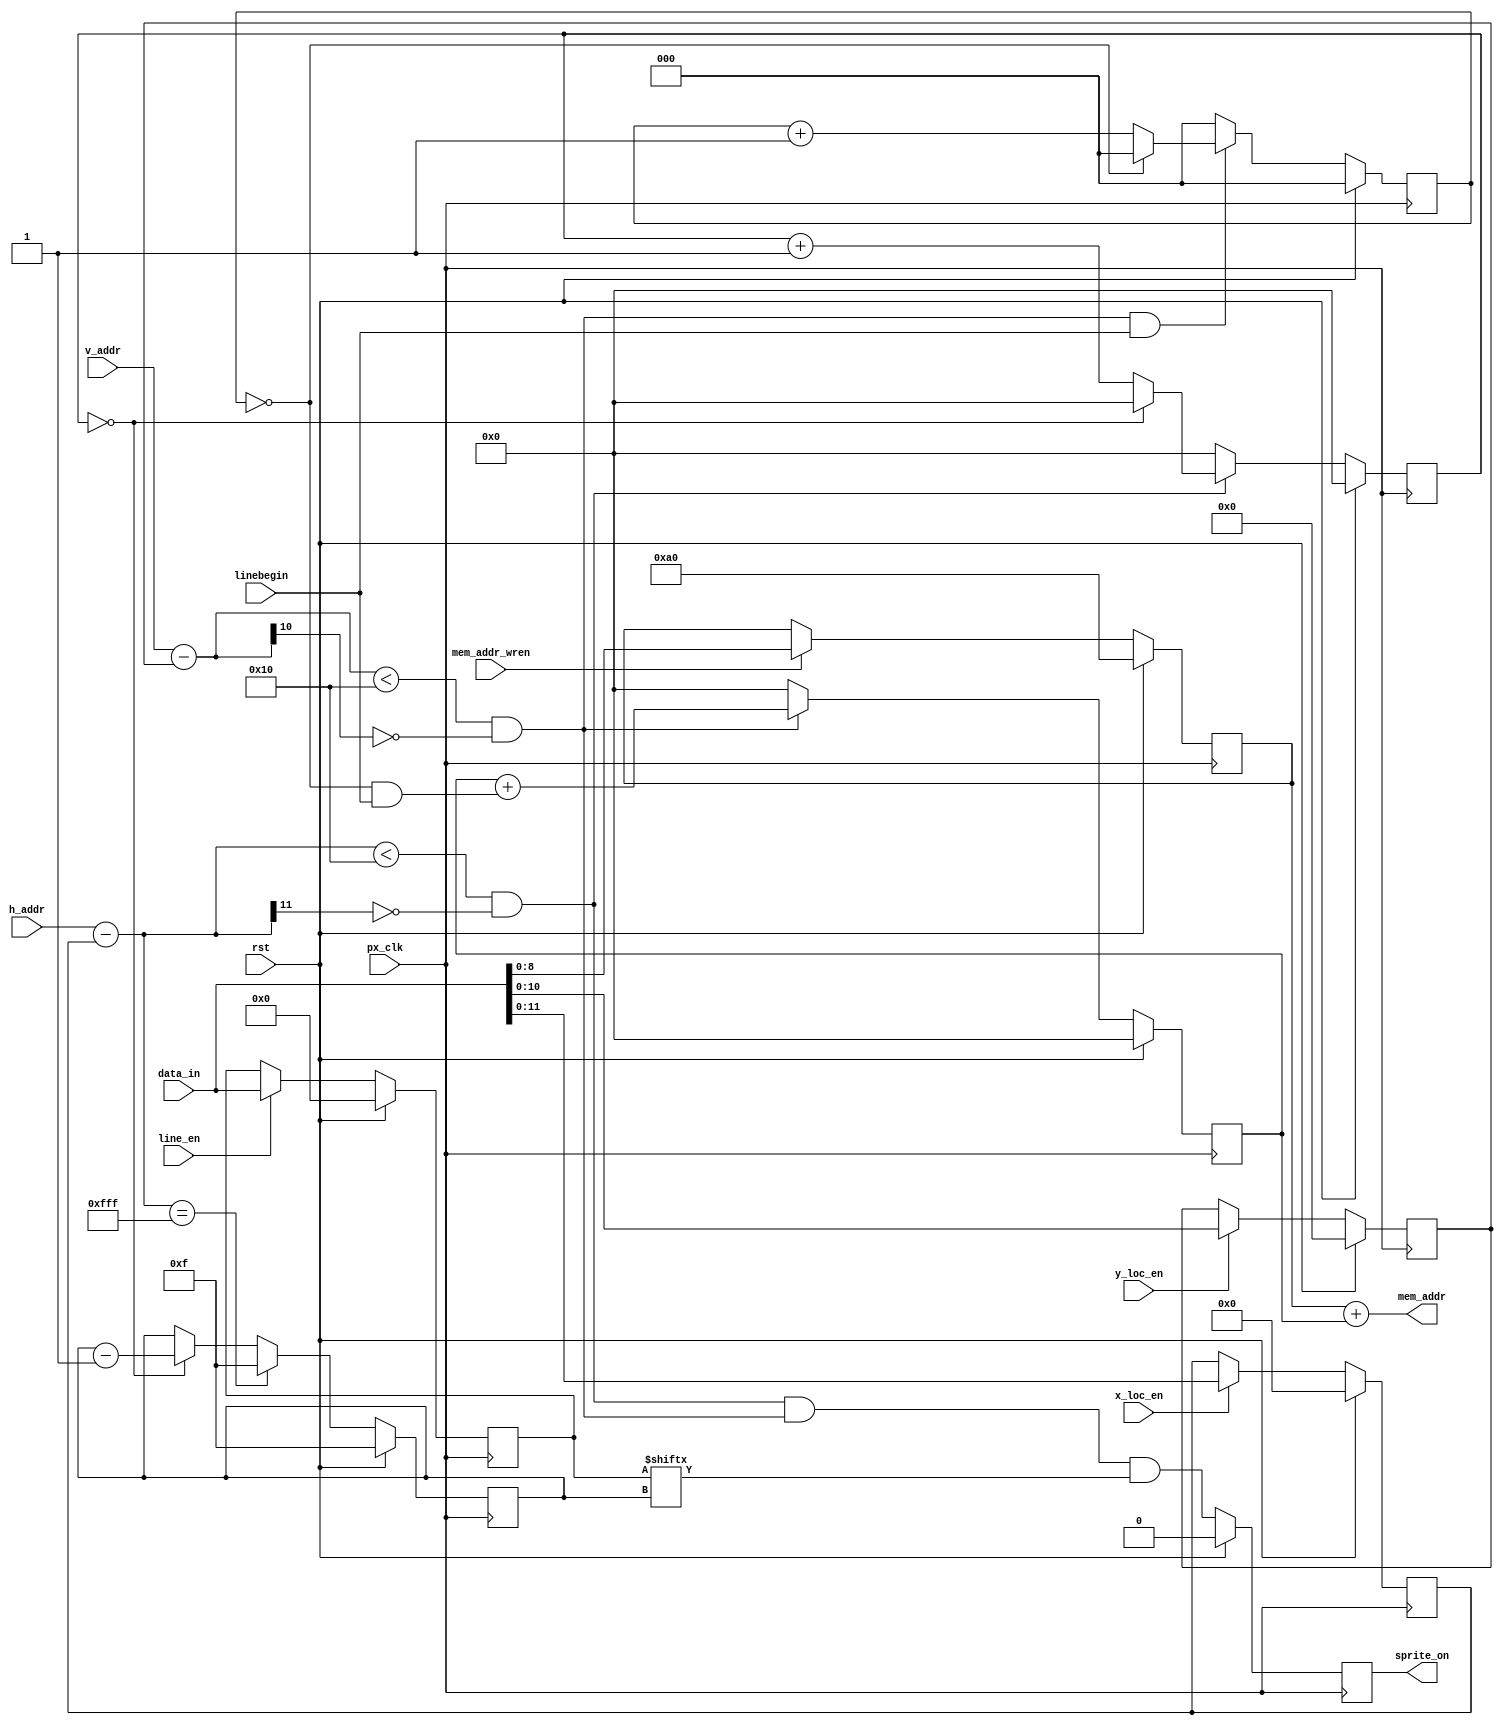
module PongSprite
#( parameter XSIZE = 16,
	parameter XLOC_INITIAL = 0,
	parameter YLOC_INITIAL = 0,
   parameter YSIZE = 16,
	parameter SCALE = 1,
	parameter SPRITE_MEM_LOC = 9'h0a0
)
(
	input px_clk,
	input rst,
	input wire  [15:0] data_in,
	input wire  x_loc_en,
	input wire  y_loc_en,
	input wire  mem_addr_wren,
	input wire  linebegin,
	input wire  [11:0] h_addr, 
	input wire  [10:0] v_addr,
	input wire  line_en,
	
	output reg sprite_on, 
	output wire [8:0] mem_addr
);

	reg [8:0] sprite_mem_start;
	reg [11:0] x_loc;
	reg [10:0] y_loc;
	wire[11:0] x_rel_addr;
	wire[10:0] y_rel_addr;
	wire sprite_onN;
	wire inBox;
	wire inX;
	wire inY;
	wire inc_x;
	wire inc_y;
	
	reg[15:0] line;
	reg[3:0] x_scale_cnt;
	reg[2:0] y_scale_cnt;
	reg[3:0] sprite_data_x_sel;
	reg[3:0] sprite_data_y_sel;
	
	assign x_rel_addr = h_addr - x_loc;
	assign y_rel_addr = v_addr - y_loc;
	assign inc_x = (x_scale_cnt == (SCALE-1));
	assign inc_y = (y_scale_cnt == (SCALE-1));
	
	assign inX = ((x_rel_addr < XSIZE*SCALE) && ~x_rel_addr[11]);
	assign inY = ((y_rel_addr < YSIZE*SCALE) && ~y_rel_addr[10]);
	
	
	assign inBox = inX & inY;
	
	assign sprite_onN = inBox & line[sprite_data_x_sel];
	
	assign mem_addr = sprite_mem_start + {5'b0,sprite_data_y_sel};
	
	always @(posedge px_clk) begin
		if(rst) begin
			x_scale_cnt <= 3'b0; y_scale_cnt <= 3'b0;
			sprite_on <= 1'b0; 
			line <= 16'b0;
//			update_x <= 1'b0; 
//			update_y <= 1'b0;
			sprite_mem_start <= SPRITE_MEM_LOC;
			x_loc <= XLOC_INITIAL; 
			y_loc <= YLOC_INITIAL;
			sprite_data_y_sel <= 0;
			sprite_data_x_sel <= 15;
		end else begin
		
			if(line_en) begin
				line <= data_in;
			end
			else begin
				line <= line;
			end
			sprite_on <= sprite_onN;
			if(x_loc_en) begin
				x_loc <= data_in[11:0];
			end
			if(y_loc_en) begin
				y_loc <= data_in[10:0];
			end
			
			if(inX) begin
				if(inc_x)  x_scale_cnt <= 3'b0;	
				else x_scale_cnt <= x_scale_cnt +1;
			end
			else x_scale_cnt <= 3'b0;
			
			if(x_rel_addr == 12'hffff) begin
				sprite_data_x_sel <= 15;
			end
			else begin
				if(inc_x) sprite_data_x_sel <= sprite_data_x_sel - 1;
				else sprite_data_x_sel <= sprite_data_x_sel;
			end
			
			if(inY && (linebegin == 1)) begin
				if(inc_y)  y_scale_cnt <= 3'b0;	
				else y_scale_cnt <= y_scale_cnt +1;
			end
			else y_scale_cnt <= 3'b0;
			
			if(~inY) sprite_data_y_sel <= 0;
			else sprite_data_y_sel <= sprite_data_y_sel + {{3{1'b0}},((inc_y) && (linebegin == 1))};
			
			
			//sprite_mem_start <= 9'h0a0;
			if(mem_addr_wren) sprite_mem_start <= data_in[8:0];	
			else sprite_mem_start <= sprite_mem_start;
//			if(screenbegin) begin
//				x_loc <= update_x ? x_N_loc : x_loc;
//				y_loc <= update_y ? y_N_loc : y_loc;
//			end
//			
//			case({x_N_loc_en,(update_x&screenbegin)})
//				2'b10, 2'b11 : update_x <= 1'b1;
//				2'b01 : update_x <= 1'b0;
//				default : update_x <= update_x;
//			endcase
//			
//			case({y_N_loc_en,(update_y&screenbegin)})
//				2'b10,2'b11 : update_y <= 1'b1;
//				2'b01 : update_y <= 1'b0;
//				default : update_y <= update_y;
//			endcase
			
			
		end	

	end



/*
vga1280x1024 display (
	.px_clk			(px_clk),
	.rst 			(rst),
	.hsync			(VGA_HS),
	.vsync			(VGA_VS),
	.h_addr					(h_addr),
	.v_addr					(v_addr)
);

    wire sq_a, sq_b, sq_c, sq_d;
    assign sq_a = ((x > 120) & (y >  40) & (x < 280) & (y < 200)) ? 1 : 0;
    assign sq_b = ((x > 200) & (y > 120) & (x < 360) & (y < 280)) ? 1 : 0;
    assign sq_c = ((x > 280) & (y > 200) & (x < 440) & (y < 360)) ? 1 : 0;
    assign sq_d = ((x > 1000) & (y > 900) & (x < 1279) & (y < 1023)) ? 1 : 0;

    assign VGA_R[3] = sq_b;         // square b is red
    assign VGA_G[3] = sq_a | sq_d;  // squares a and d are green
    assign VGA_B[3] = sq_c;         // square c is blue
*/
endmodule